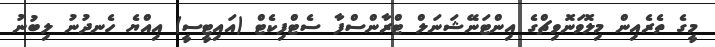
މީގެ ތެރެއިން މިލޮވަނޮވިޗްގެ އިންޓަނޭޝަނަލް ޓްރާންސްފާ ސެޓްފިކެޓް (އައިޓީސީ) އިއްޔެ ހެނދުނު ލިބުނު